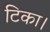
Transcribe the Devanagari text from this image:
टिका।